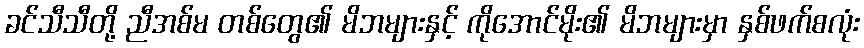
ခင်သီသီတို့ ညီအစ်မ တစ်တွေ၏ မိဘများနှင့် ကိုအောင်မိုး၏ မိဘများမှာ နှစ်ဖက်စလုံး